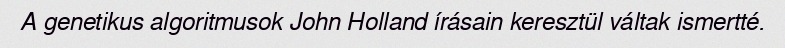
A genetikus algoritmusok John Holland írásain keresztül váltak ismertté.